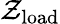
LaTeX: \mathcal{Z}_{\mathrm{{load}}}